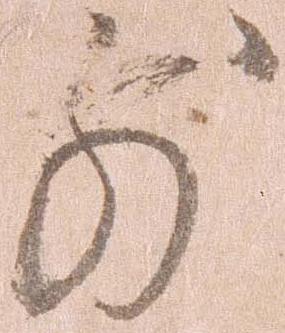
前